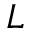
L